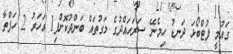
ގައުމީ ފުޓްބޯޅަ ދަނޑު ހިމެނޭ ސަރަހައްދުގެ މަގުތައް ބަންދުކޮށްފި1 އަހަރު 2 ހަފްތާ